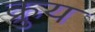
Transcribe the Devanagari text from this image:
क्रुय